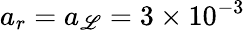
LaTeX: a_{r}=a_{\mathscr{L}}=3\times10^{-3}